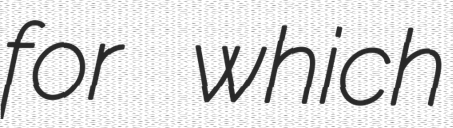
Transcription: for which